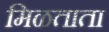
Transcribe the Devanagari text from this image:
मिळताता